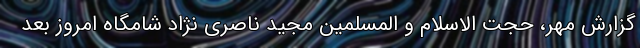
گزارش مهر، حجت الاسلام و المسلمین مجید ناصری نژاد شامگاه امروز بعد